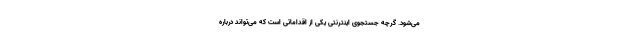
می‌شود. گرچه جستجوی اینترنتی یکی از اقداماتی است که می‌تواند درباره